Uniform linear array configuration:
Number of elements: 48
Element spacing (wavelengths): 0.75
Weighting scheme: hann
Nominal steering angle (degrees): -60
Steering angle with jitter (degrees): -58.762
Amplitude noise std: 0.05
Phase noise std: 0.05

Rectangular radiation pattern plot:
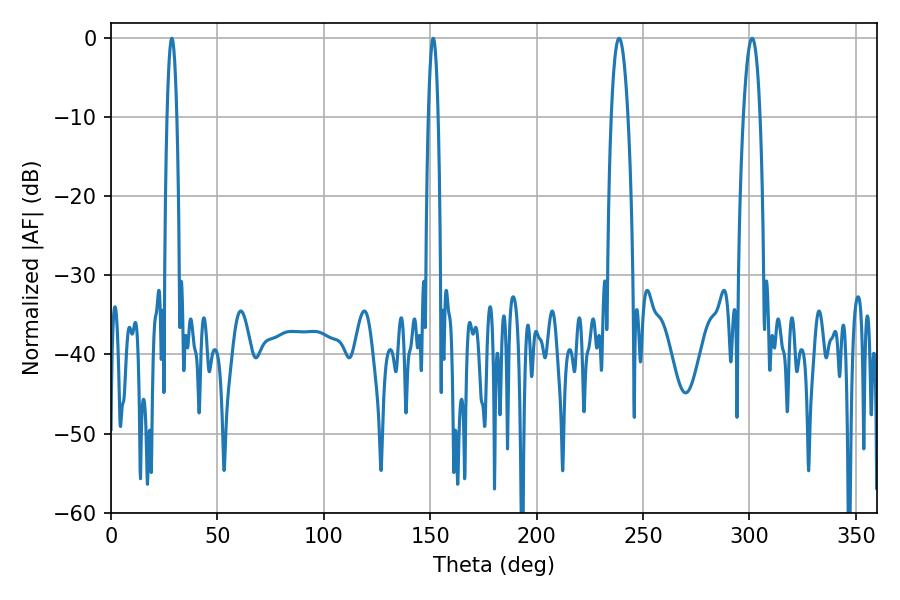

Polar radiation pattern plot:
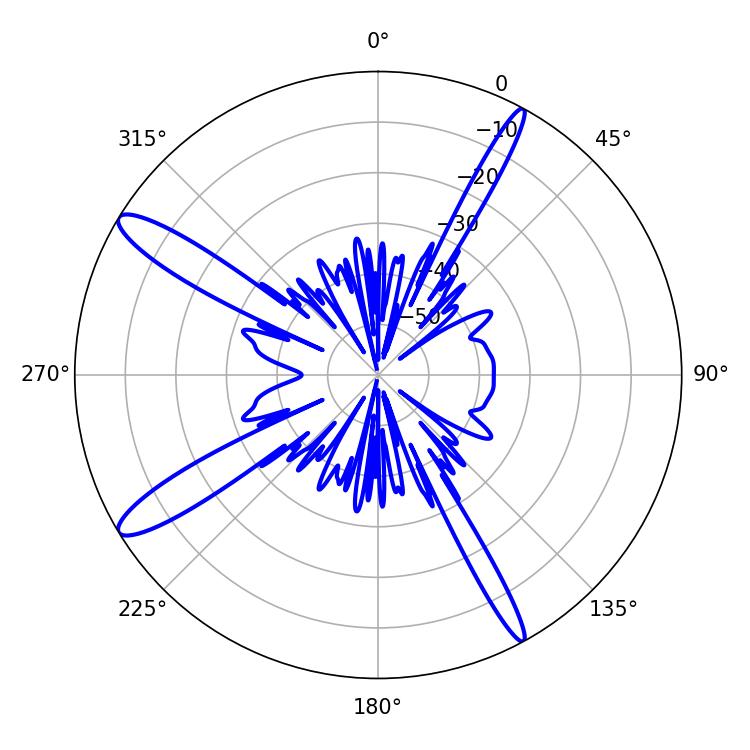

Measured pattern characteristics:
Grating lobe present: TRUE
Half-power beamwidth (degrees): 2.52
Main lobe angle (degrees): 151.38